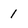
Character: 1